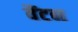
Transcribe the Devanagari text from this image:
वैंटन